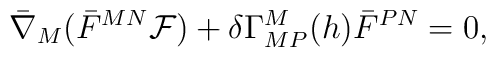
\bar \nabla_M ( \bar F^{MN} {\cal F} ) +\delta \Gamma^M_{MP} (h) \bar F^{PN} =0,